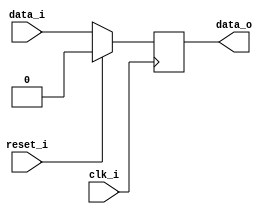
// This program was cloned from: https://github.com/NYU-MLDA/OpenABC
// License: BSD 3-Clause "New" or "Revised" License

module bsg_dff_reset_width_p1
(
  clk_i,
  reset_i,
  data_i,
  data_o
);

  input [0:0] data_i;
  output [0:0] data_o;
  input clk_i;
  input reset_i;
  wire [0:0] data_o;
  wire N0,N1,N2,N3;
  reg data_o_0_sv2v_reg;
  assign data_o[0] = data_o_0_sv2v_reg;

  always @(posedge clk_i) begin
    if(1'b1) begin
      data_o_0_sv2v_reg <= N3;
    end 
  end

  assign N3 = (N0)? 1'b0 : 
              (N1)? data_i[0] : 1'b0;
  assign N0 = reset_i;
  assign N1 = N2;
  assign N2 = ~reset_i;

endmodule